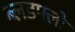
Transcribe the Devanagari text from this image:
ब्लडफ्लो